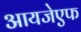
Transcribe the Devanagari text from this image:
आयजेएफ